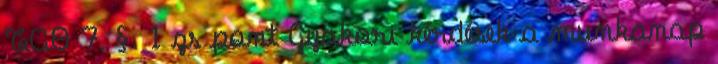
TAO 7.§. 1 zs pont Gyakori kérdések a munkanap